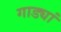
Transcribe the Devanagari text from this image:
गाड्यां